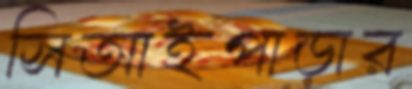
সিআইপাড়ার